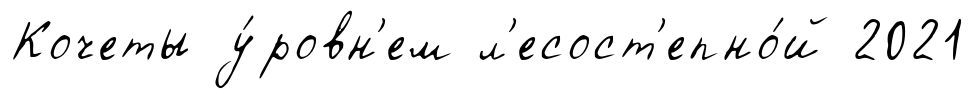
Кочеты у́ровн'ем л'есост'епно́й 2021